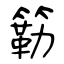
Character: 簕